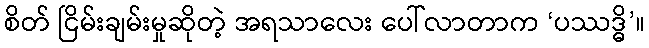
စိတ် ငြိမ်းချမ်းမှုဆိုတဲ့ အရသာလေး ပေါ်လာတာက ‘ပဿဒ္ဓိ’။